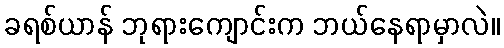
ခရစ်ယာန် ဘုရားကျောင်းက ဘယ်နေရာမှာလဲ။